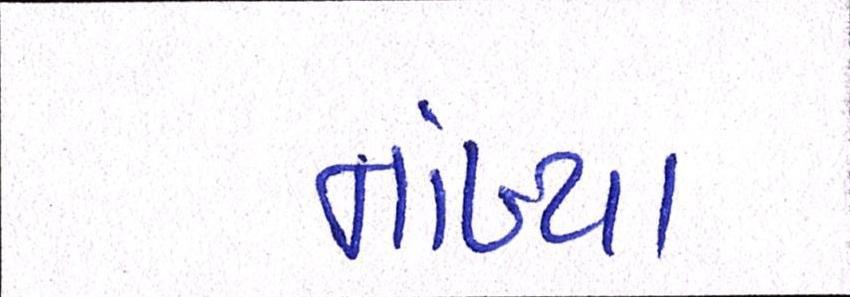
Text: નાંખ્યા